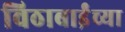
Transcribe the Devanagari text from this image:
विठाबाईंच्या